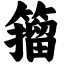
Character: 籀